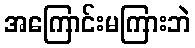
အကြောင်းမကြားဘဲ